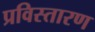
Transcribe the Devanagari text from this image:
प्रविस्तारण